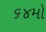
૬૪મો